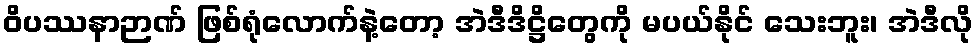
ဝိပဿနာဉာဏ် ဖြစ်ရုံလောက်နဲ့တော့ အဲဒီဒိဋ္ဌိတွေကို မပယ်နိုင် သေးဘူး၊ အဲဒီလို